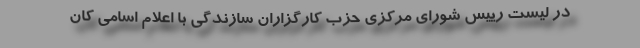
در لیست رییس شورای مرکزی حزب کارگزاران سازندگی با اعلام اسامی کان